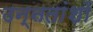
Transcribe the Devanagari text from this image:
उन्ऩतांशों